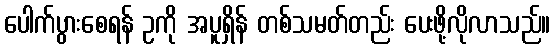
ပေါက်ပွားစေရန် ဥကို အပူရှိန် တစ်သမတ်တည်း ပေးဖို့လိုလာသည်။